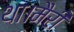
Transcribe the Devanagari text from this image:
था।मैरी